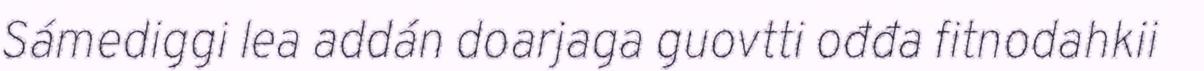
Sámediggi lea addán doarjaga guovtti ođđa fitnodahkii